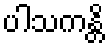
ပါသကန္တိ